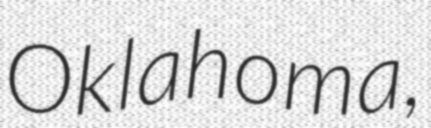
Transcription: Oklahoma,